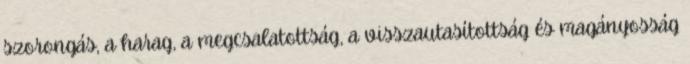
szorongás, a harag, a megcsalatottság, a visszautasítottság és magányosság